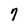
Character: 7